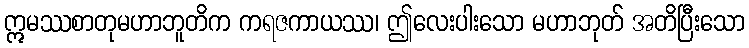
ဣမဿစာတုမဟာဘူတိက ကရဇကာယဿ၊ ဤလေးပါးသော မဟာဘုတ် အတိပြီးသော